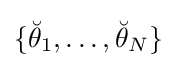
\{{\breve {\theta }}_{1},\ldots ,{\breve {\theta }}_{N}\}